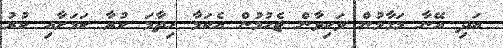
އަދި އޭނާ މަގާމުން ވަކިވާން ޖެހުމުން އެކަމާ ހިތާމަ ކުރާ ކަމަށާއި ކުރު